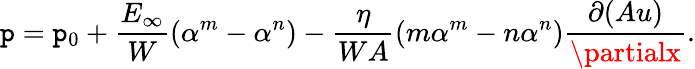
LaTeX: \mathtt{p}=\mathtt{p}_{0}+\frac{{E_{\infty}}}{{W}}\left(\alpha^{m}-\alpha^{n}\right)-\frac{{\eta}}{{WA}}\left(m\alpha^{m}-n\alpha^{n}\right)\frac{{\partial(Au)}}{{\partialx}}.